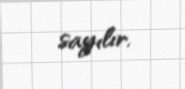
sayılır.